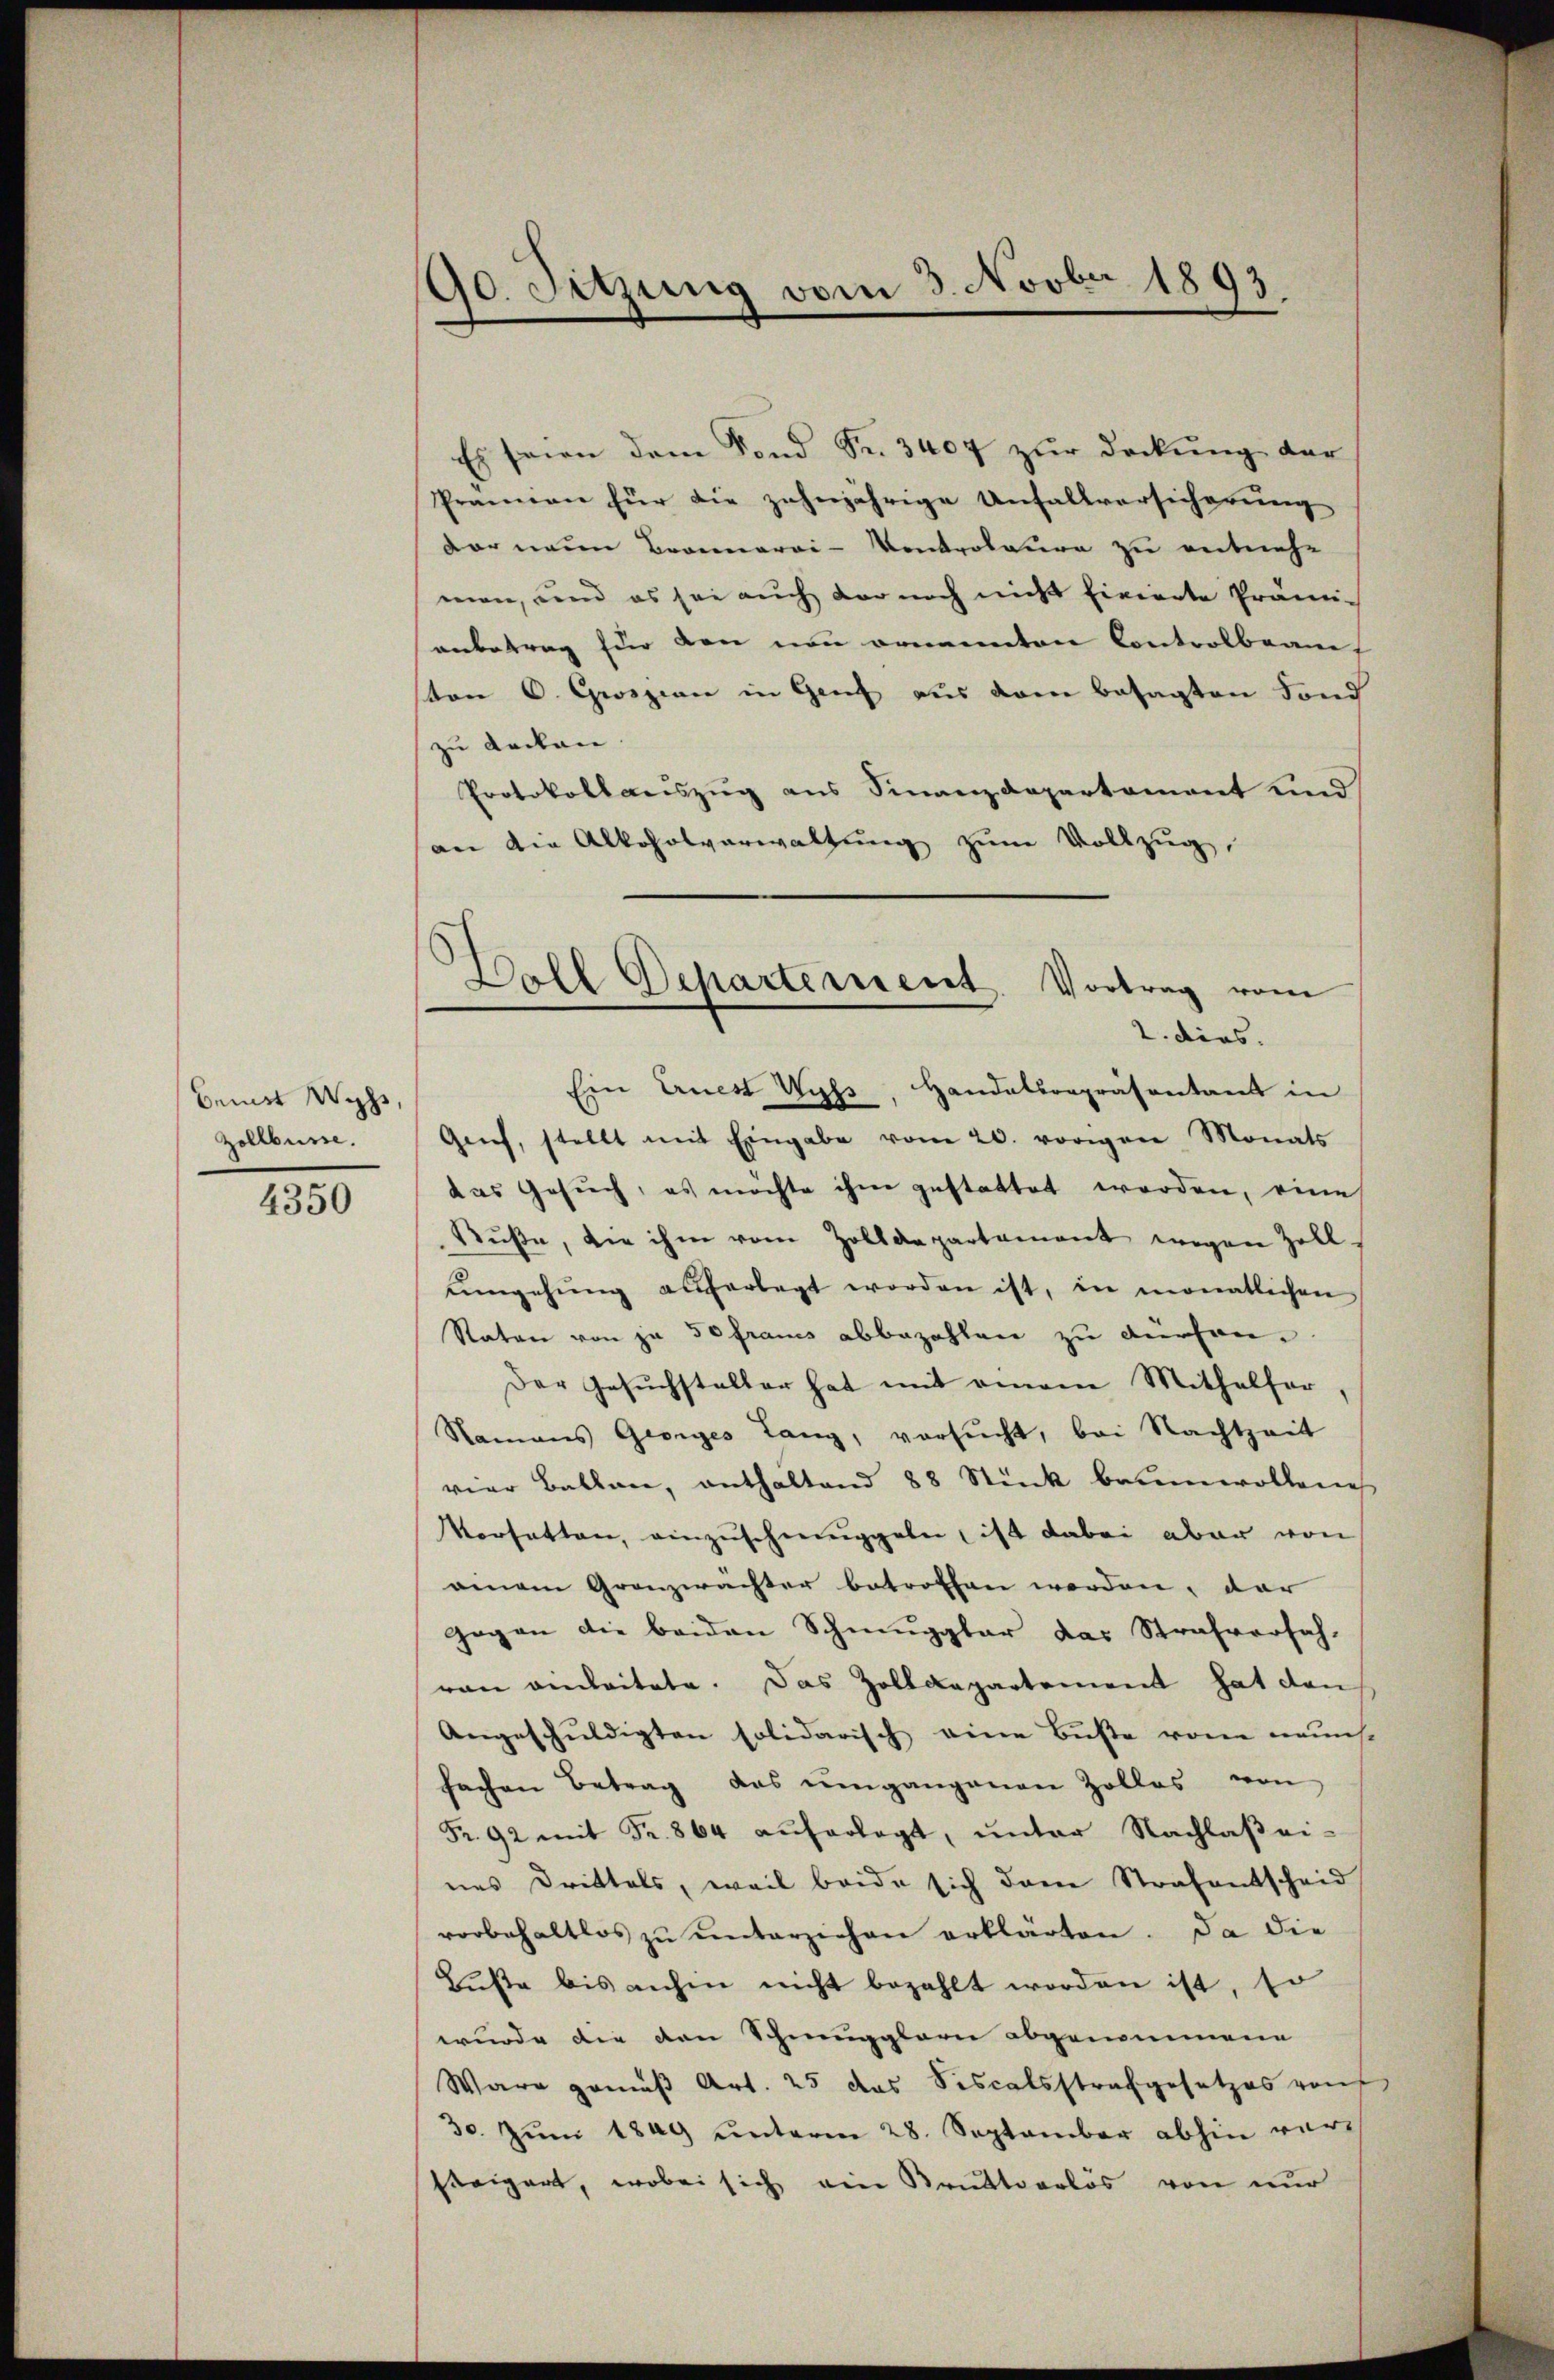
Bemit Wyss
Zollbüsse.

4350

90. Setzung vom 3. Novber 1893.

Es seien dem Fond Fr. 3404 zŭr deckŭng der
Pränen für die zehnjährige Unfallversicherung
dar neue Brannarai-Konkrotaura zu entnehmen, und es sei auch der noch nicht fixierte Prämi-
anbetrag für den von ernannten Controlbaane
ton O. Groszien in Genf aus dem besagten Fond
zu decken
Protokollauszug aus Finanzdepartement und
an die Alkoholverwaltung zum Vollzug

s
Ball Departerient. Vortrag vom
2. dies

Ein Ernes Hufs, Handelsrepräsentant in
Geich, stellt mit Eingabe vom 20. vorigen Monats
das Gesuch, es möchte ihm gestattet worden, eine
Rŭβe, die ihm vom Zolldepartament wegen Zoll-
ŭmgehŭng auferlegt worden ist, in monatlichen
Raten von ja so frais abbezahlen zu dürfen.
Der Gesŭchsteller hat mit einem Mithalfer
Namans Georges Lang, versucht, bei Nachtzeit
vier Ballen, enthaltend 88 Stük baumwollenes
Vorsatten, einzuschmuggeln ist dabei aber von
einem Granzwachter betroffen werden, dar
Gegen die beiden Schmuggbar das Strafverfah-
von einleitete. Das Zolldepartement hat dan
Angeschuldigten solidarisch eine Buße von neuns.
fachen Betrag das umgangenen Zollos von
Fr. 92 mit Fr. 864 auferlegt, ŭnter Nachlaβei-
nes Drittels, weil beide sich dem Strafantscheid
vorbehaltlos zŭ ŭnterziehen erklärten. Da die
Lŭβe bis anhin nicht bezahlt worden ist, so
wurde die den Schmugplare abgenommene
Ware gemäß Art. 25 das Fiscalsstrafgesetzes rout
30. Juni 1849 unterm 28. September abhin ver-
steigert, wobei sich am Bruttoerlös von nur